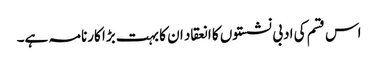
اس قسم کی ادبی نشستوں کا انعقاد ان کا بہت بڑا کارنامہ ہے۔